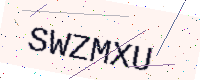
Text: SWZMXU